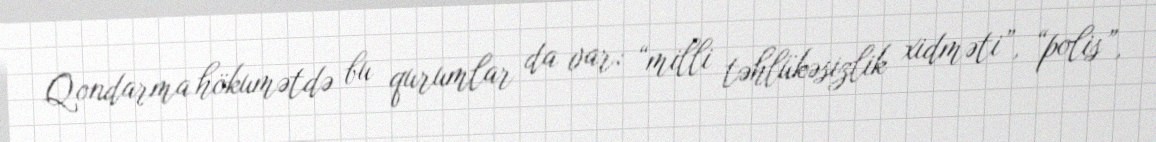
Qondarma hökumətdə bu qurumlar da var: “milli təhlükəsizlik xidməti”, “polis”,